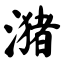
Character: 潴